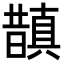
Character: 𭨂